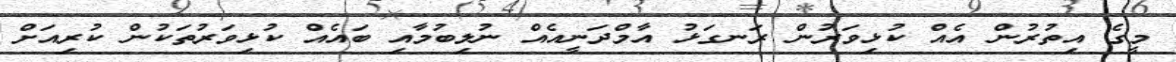
މީގެ އިތުރުން އެއް ކުޅިވަރުން ރަނގަޅު އާމްދަނީއެއް ނުލިބުމާއި ބައެއް ކުޅިވަރުތަކުން ކުރިއަށް